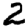
Digit: 2